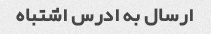
ارسال به ادرس اشتباه